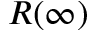
R ( \infty )